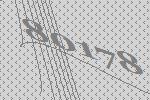
80178